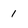
Character: 1